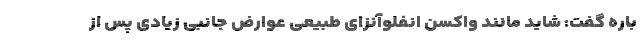
باره گفت: شاید مانند واکسن انفلوآنزای طبیعی عوارض جانبی زیادی پس از